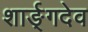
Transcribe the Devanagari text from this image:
शार्ङ्‌गदेव